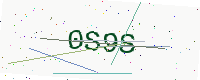
Text: 0S9S